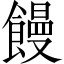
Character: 饅